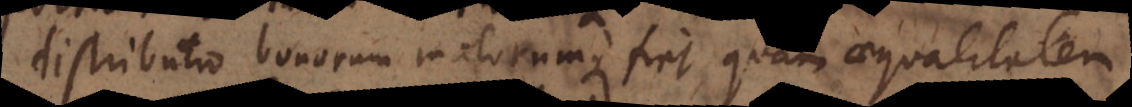
distributio bonorum malorumque fiet, quam aequalitat